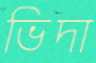
ভিদা